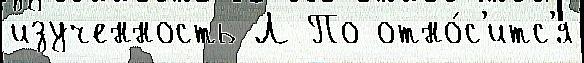
изученность Л По отно́с'итс'я